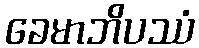
ခေမာဘိပဿံ